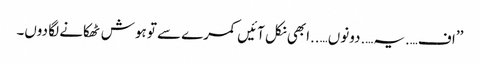
’’اف….یہ….دونوں…..ابھی نکل آئیں کمرے سے تو ہوش ٹھکانے لگا دوں۔